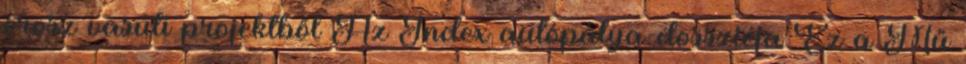
orosz vasúti projektből Az Index autópálya-dossziéja Ez a Mű